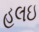
હલઇ